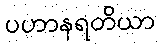
ပဟာနရတိယာ